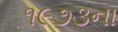
૧૯૭૩ના